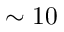
\sim 1 0